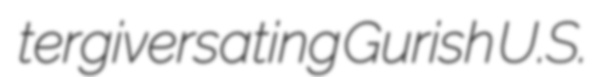
tergiversating Gurish U.S.